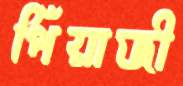
পিঁয়াজী